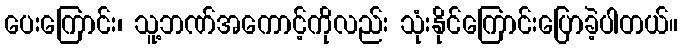
ပေးကြောင်း၊ သူ့ဘဏ်အကောင့်ကိုလည်း သုံးနိုင်ကြောင်းပြောခဲ့ပါတယ်။